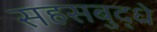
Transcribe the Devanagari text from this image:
सहसबुद्धे